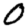
Digit: 0